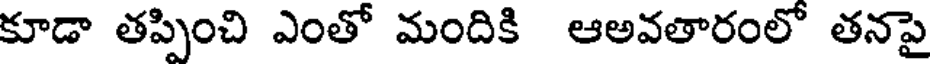
కూడా తప్పించి ఎంతో మందికి ఆఅవతారంలో తనపై